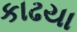
કાઢયા